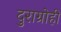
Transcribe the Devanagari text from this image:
दुराग्रोही